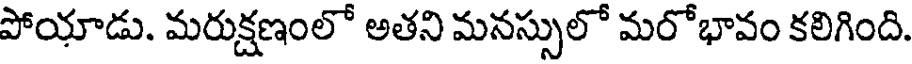
పోయాడు. మరుక్షణంలో అతని మనస్సులో మరోభావం కలిగింది.